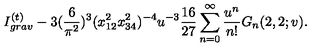
I _ { g r a v } ^ { ( t ) } - 3 ( \frac { 6 } { \pi ^ { 2 } } ) ^ { 3 } ( x _ { 1 2 } ^ { 2 } x _ { 3 4 } ^ { 2 } ) ^ { - 4 } u ^ { - 3 } \frac { 1 6 } { 2 7 } \sum _ { n = 0 } ^ { \infty } \frac { u ^ { n } } { n ! } G _ { n } ( 2 , 2 ; v ) .